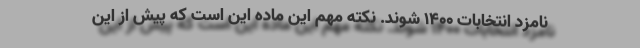
نامزد انتخابات 1400 شوند. نکته مهم این ماده این است که پیش از این